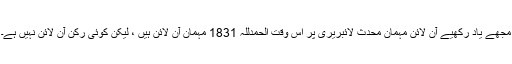
مجھے یاد رکھیے آن لائن مہمان محدث لائبریری پر اس وقت الحمدللہ 1831 مہمان آن لائن ہیں ، لیکن کوئی رکن آن لائن نہیں ہے۔